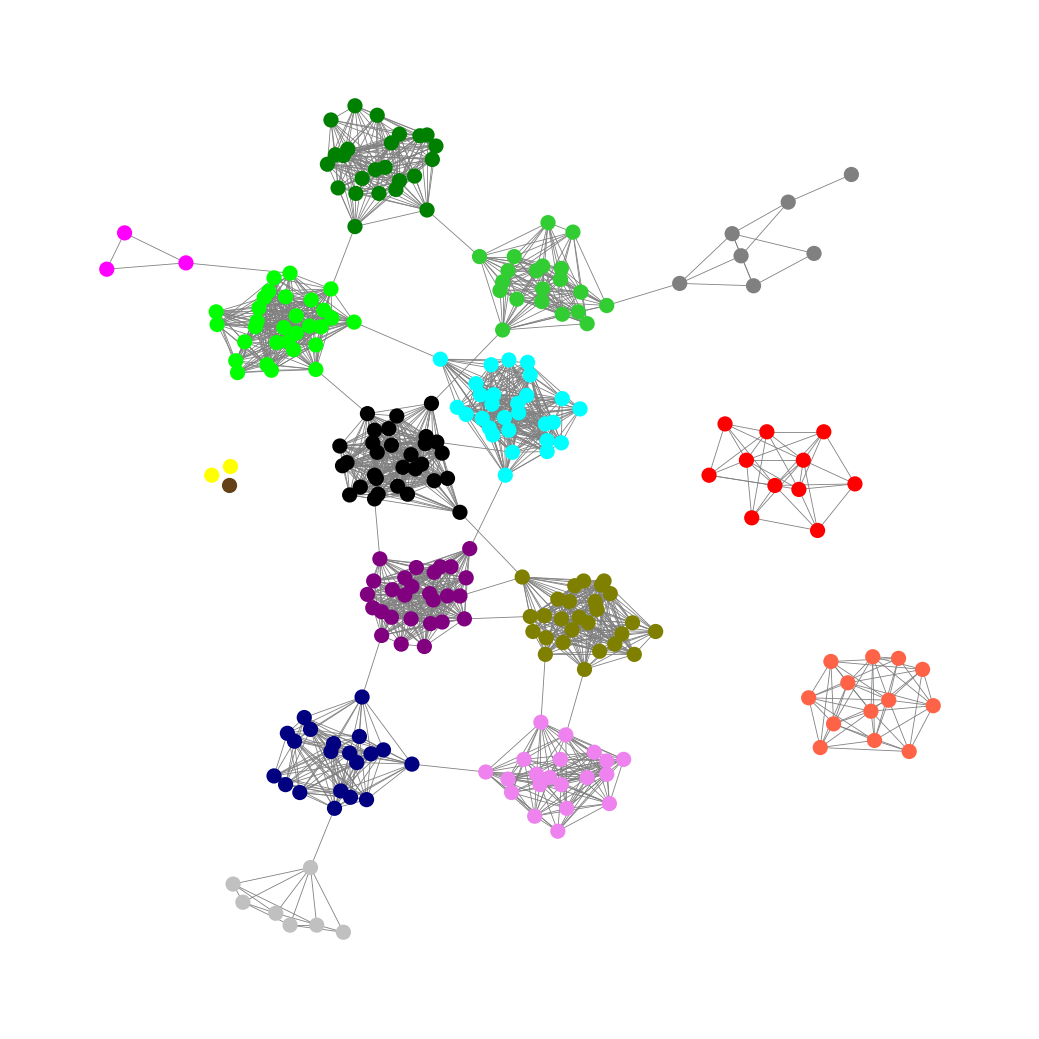
Graph connected: No
Number of connected components: 6
Number of singletons: 3
Total number of nodes: 270
Total number of edges: 2083
Number of communities: 16
Community sizes:
Aqua: 28
Black: 30
Fuchsia: 3
Gray: 7
Green: 24
Lime: 30
Lime Green: 20
Navy: 20
Olive: 27
Pullman Brown: 1
Purple: 27
Red: 11
Silver: 7
Tomato: 13
Violet: 20
Yellow: 2
Graph layout: tda
Graph generation method: erdos_renyi